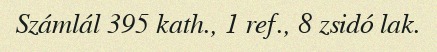
Számlál 395 kath., 1 ref., 8 zsidó lak.